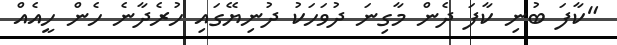
"ކާފަ ބުނި ކާފަ ދެން މާގިނަ ދުވަހަކު ދުނިޔޭގައި ހުރެދާނެ ހެން ހީއެއް